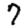
Digit: 7